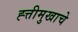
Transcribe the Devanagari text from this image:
ह्त्तीमुखाचे